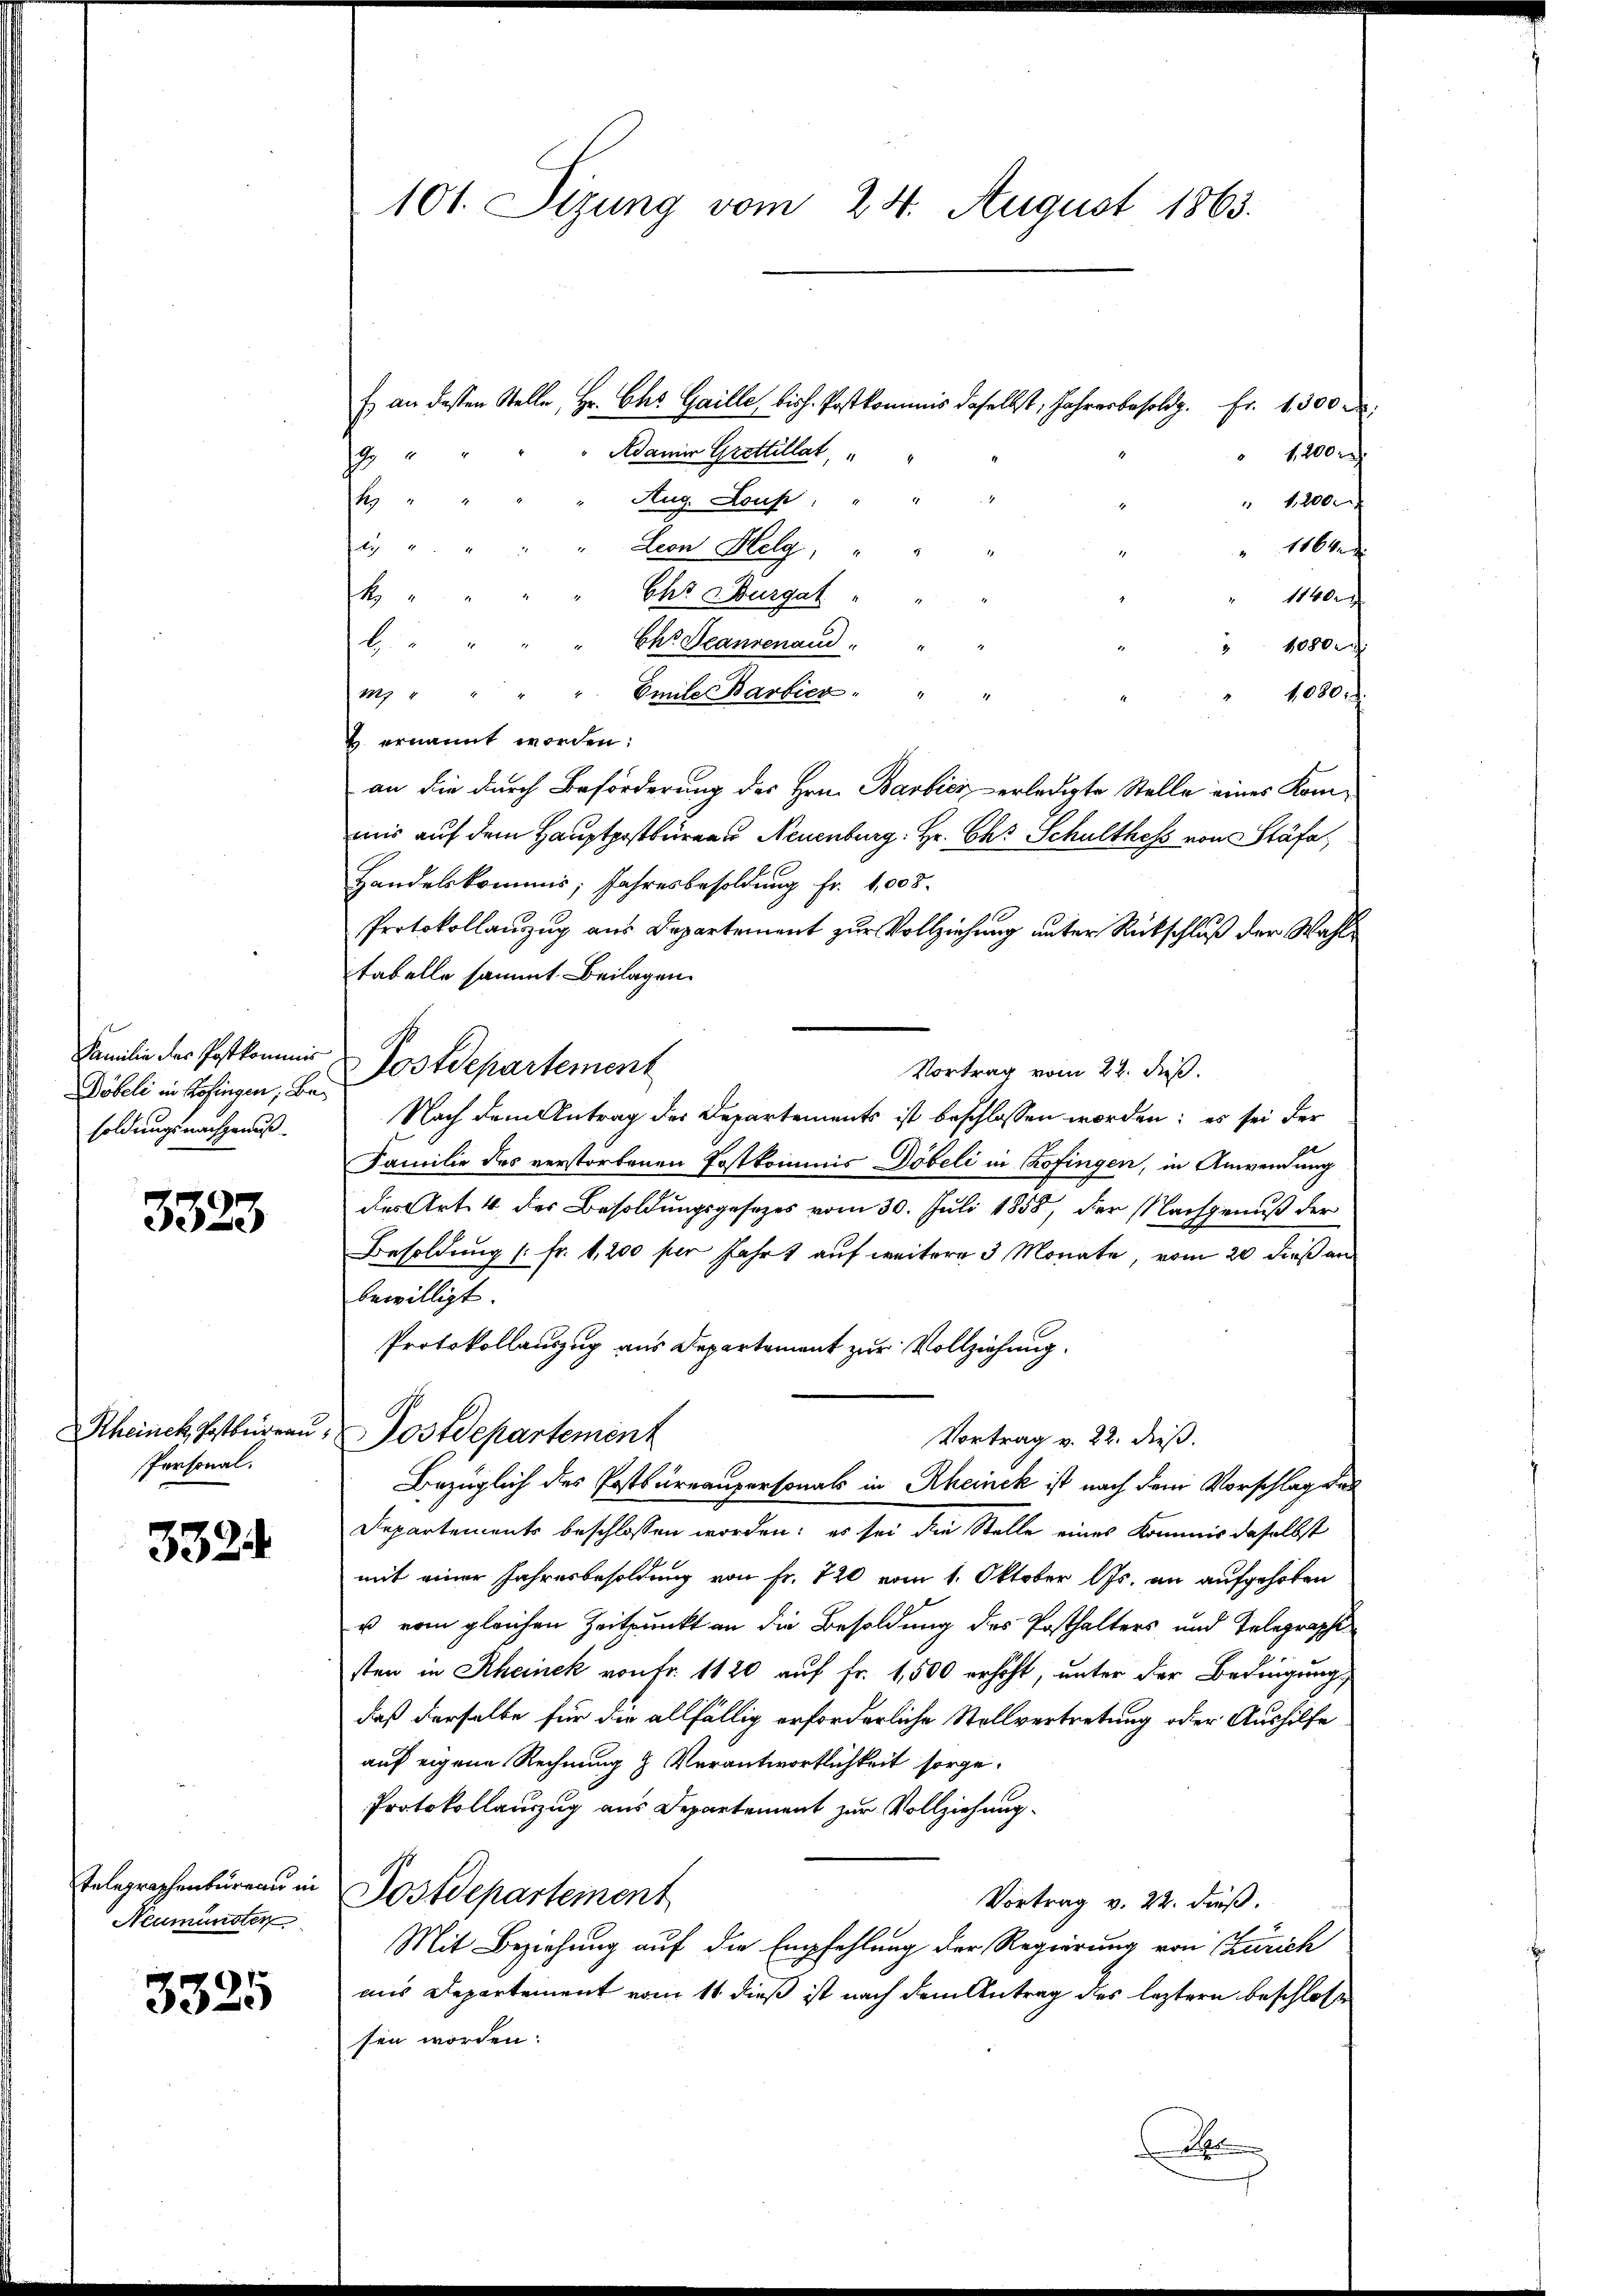
Döbeli in Erfingen, bei
soldungsnachgenuß.

3323

Personal.

332.

Neumünster

3325

E. an dessen Stelle, Hr. Chr. Gaille, bish. Postkommis daselbst, Jahresbesold. Fr. 1300
Adamer Grettillat
 1200 r
h
Aug. Loup: "
s
" 12000
4
Lion Helg "
" 1164
Chr. Burgat
k
110
Ehr Beantenaud
b
1080.
m " " " " Emte Bartier " " "
1,080
 ernannt worden:
an die durch Beförderung des Hrn. Barbici erledigte Stelle eines Kommir auf dem Hauptpostbüreau Neuenburg: Hr. Ch. Schulthess von Stäfa,
Handelskommis, Jahresbesoldung Fr. 1008.
Protokollanzug aus Departement zur Vollziehung unter Rückschluß der Wahlstabelle sammt Beilagen.
Familie der Postkommis Postdepartement
Vortrag vom 22. Fuß.
Nach dem Antrag der Departements ist beschlossen worden; es sei der
Familie des verstorbenen Postkommis Döbeli in Kofingen, in Anwendung
des Art. 4 der Besoldungsgesetzes vom 30. Juli 1858, der Nachgenuß der
Besoldung [Fr. 1,200 per fahrt auf weitere 3 Monate vom 20. dieß an
bewilligt
Protokollauszug aus Departement zur Vollziehung.
Rheinek, Postbureau, Postdepartement
Vortrag v. 22. dieß.
Bezüglich des Postbureaupersonals in Rheinek ist nach dem Vorschlag des
Departements beschlossen worden; es sei die Stelle eines Kommis daselbst
mit einer Jahresbesoldung von Fr. 720 vom 1. Oktober lJs. an aufgehoben
u vom gleichen Zeitpunkt an die Besoldung des Posthalters und Telegraphisten in Rheinek von fr. 1120 auf Fr. 1,500 erhöht, unter der Bedingung,
daß derselbe für die allfällig erforderliche Stellvertretung oder Aushilfe
auf eigene Rechnung & Verantwortlichkeit sorge¬
Protokollauszug aus Departement zur Vollziehung.
Telegraphenbüreau in Postdepartement
Vortrag v. 22. dieß.
Mit Beziehung auf die Empfehlung der Regierung von Zürich
as Departement vom 11 dieß ist nach dem Antrag des leztern beschlosse
sen worden.
A

101. Sizung vom 24. August 1863.